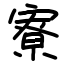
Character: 寮